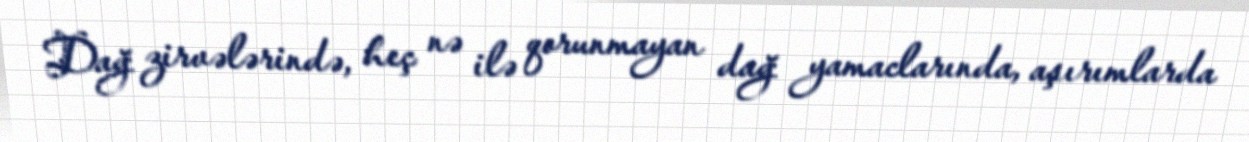
Dağ zirvələrində, heç nə ilə qorunmayan dağ yamaclarında, aşırımlarda